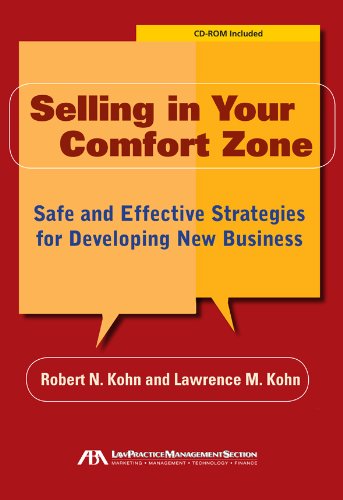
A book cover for Selling in Your Comfort Zone: Safe and Effective Strategies for Developing New Business; Robert N. Kohn; Law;